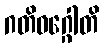
ဂတိဝဂ္ဂေါတိ